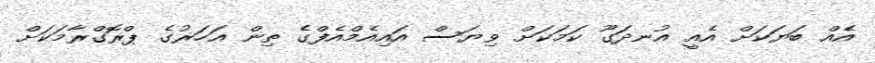
އެއް ބަޔަކަށް އެއީ އުނދަގޫ ކަމަކަށް ވިޔަސް އައިއެމްއެފްގެ ތިން އަހަރުގެ ޕްރޮގްރާމަކަށް